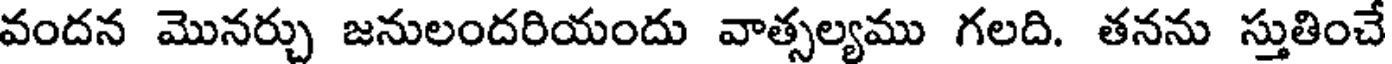
వందన మొనర్చు జనులందరియందు వాత్సల్యము గలది. తనను స్తుతించే